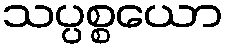
သပ္ပစ္စယော